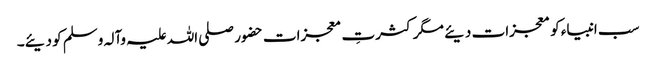
سب انبیاء کو معجزات دیئے مگر کثرتِ معجزات حضور صلی اللہ علیہ وآلہ وسلم کو دیئے۔